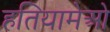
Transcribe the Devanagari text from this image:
हतियामेओ